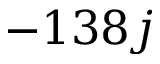
- 1 3 8 j